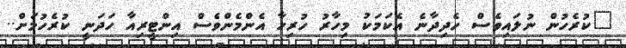
"ކުރެހުން ނުލައިވެސް ހެދިދާނެ އެކަމަކު މިހާރު ހުރިހާ އެންމެންވެސް އިންޓީރިއާ ހަދަނީ ކުރެހުމަށް..